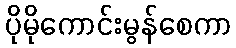
ပိုမိုကောင်းမွန်စေကာ